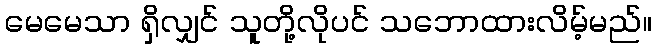
မေမေသာ ရှိလျှင် သူတို့လိုပင် သဘောထားလိမ့်မည်။